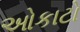
ઓકાટો